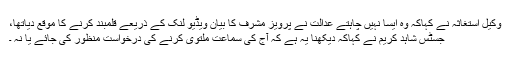
وکیل استغاثہ نے کہاکہ وہ ایسا نہیں چاہتے عدالت نے پرویز مشرف کا بیان ویڈیو لنک کے ذریعے قلمبند کرنے کا موقع دیاتھا،
جسٹس شاہد کریم نے کہاکہ دیکھنا یہ ہے کہ آج کی سماعت ملتوی کرنے کی درخواست منظور کی جائے یا نہ ۔